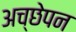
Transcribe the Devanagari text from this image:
अच्छेपन